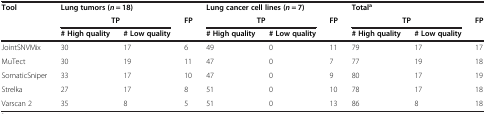
<table><thead><tr><td rowspan="3"><b>Tool</b></td><td colspan="2"><b>Lung tumors (<i>n</i> = 18)</b></td><td><b> </b></td><td colspan="2"><b>Lung cancer cell lines (<i>n</i> = 7)</b></td><td><b> </b></td><td><b>Total<sup>a</sup></b></td><td><b> </b></td><td><b> </b></td></tr><tr><td colspan="2"><b>TP</b></td><td rowspan="2"><b>FP</b></td><td colspan="2"><b>TP</b></td><td rowspan="2"><b>FP</b></td><td colspan="2"><b>TP</b></td><td rowspan="2"><b>FP</b></td></tr><tr><td><b># High quality</b></td><td><b># Low quality</b></td><td><b># High quality</b></td><td><b># Low quality</b></td><td><b># High quality</b></td><td><b># Low quality</b></td></tr></thead><tbody><tr><td>JointSNVMix</td><td>30</td><td>17</td><td>6</td><td>49</td><td>0</td><td>11</td><td>79</td><td>17</td><td>17</td></tr><tr><td>MuTect</td><td>30</td><td>19</td><td>11</td><td>47</td><td>0</td><td>7</td><td>77</td><td>19</td><td>18</td></tr><tr><td>SomaticSniper</td><td>33</td><td>17</td><td>10</td><td>47</td><td>0</td><td>9</td><td>80</td><td>17</td><td>19</td></tr><tr><td>Strelka</td><td>27</td><td>17</td><td>8</td><td>51</td><td>0</td><td>10</td><td>78</td><td>17</td><td>18</td></tr><tr><td>Varscan 2</td><td>35</td><td>8</td><td>5</td><td>51</td><td>0</td><td>13</td><td>86</td><td>8</td><td>18</td></tr></tbody></table>